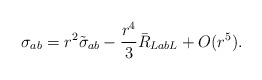
\begin{align*} \sigma_{ab} = r^2\tilde\sigma_{ab} - \frac{r^4}{3}\bar R_{La b L} + O(r^5).\end{align*}